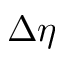
\Delta \eta